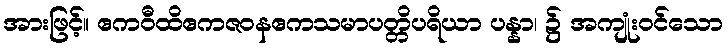
အားဖြင့်။ ဧကဝီထိဧကဇဝနဧကသမာပတ္တိပရိယာ ပန္နာ၊ ၌ အကျုံးဝင်သော